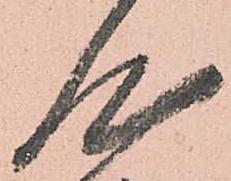
心